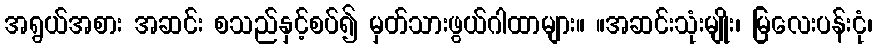
အရွယ်အစား အဆင်း စသည်နှင့်စပ်၍ မှတ်သားဖွယ်ဂါထာများ။ ။အဆင်းသုံးမျိုး၊ မြလေးပန်းငုံ၊